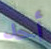
أحد